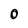
Character: 0